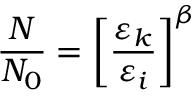
\frac { N } { N _ { 0 } } = \left[ \frac { \varepsilon _ { k } } { \varepsilon _ { i } } \right] ^ { \beta }